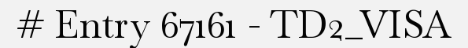
# Entry 67161 - TD2_VISA